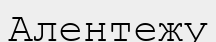
Алентежу